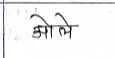
मजकूर: ओले